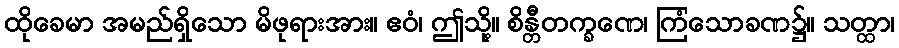
ထိုခေမာ အမည်ရှိသော မိဖုရားအား။ ဧဝံ၊ ဤသို့။ စိန္တီတက္ခဏေ၊ ကြံသောခဏ၌။ သတ္ထာ၊